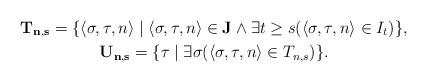
LaTeX: \begin{gather*}\mathbf{T_{n,s}} = \{ \langle \sigma, \tau, n \rangle \mid \langle \sigma,\tau,n \rangle \in \mathbf{J} \wedge \exists t \geq s (\langle \sigma, \tau, n \rangle \in I_t) \}, \\\mathbf{U_{n,s}} = \{ \tau \mid \exists \sigma (\langle \sigma, \tau, n \rangle \in T_{n,s}) \}.\end{gather*}